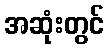
အဆုံးတွင်